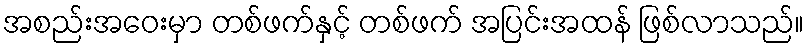
အစည်းအဝေးမှာ တစ်ဖက်နှင့် တစ်ဖက် အပြင်းအထန် ဖြစ်လာသည်။